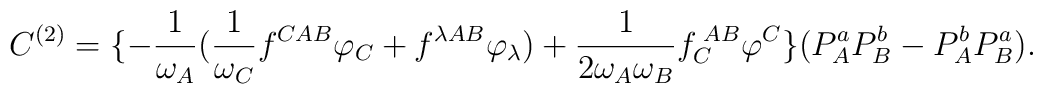
C^{(2)}=\{-\frac{1}{\omega_{A}}(\frac{1}{\omega_{C}}f^{CAB}\varphi_{C}+f^{\lambda AB}\varphi_{\lambda})+\frac{1}{2\omega_{A}\omega_{B}}f_{C}^{\;AB}\varphi^{C}\}(P_{A}^{a}P^{b}_{B}-P^{b}_{A}P^{a}_{B}).